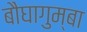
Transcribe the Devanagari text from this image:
बौघागुम्बा